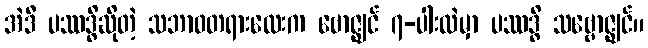
အဲဒီ ပဿဒ္ဓိဆိုတဲ့ သဘာဝတရားလေးက ဗောဇ္ဈင် ၇-ပါးထဲမှာ ပဿဒ္ဓိ သဗ္ဗောဇ္ဈင်။